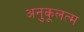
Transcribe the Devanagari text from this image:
अनुकूलत्म